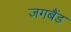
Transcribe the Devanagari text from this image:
जगबैंड